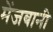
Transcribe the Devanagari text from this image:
मेंजबानी